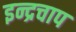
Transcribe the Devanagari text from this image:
इन्द्रचाप